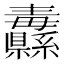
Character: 纛